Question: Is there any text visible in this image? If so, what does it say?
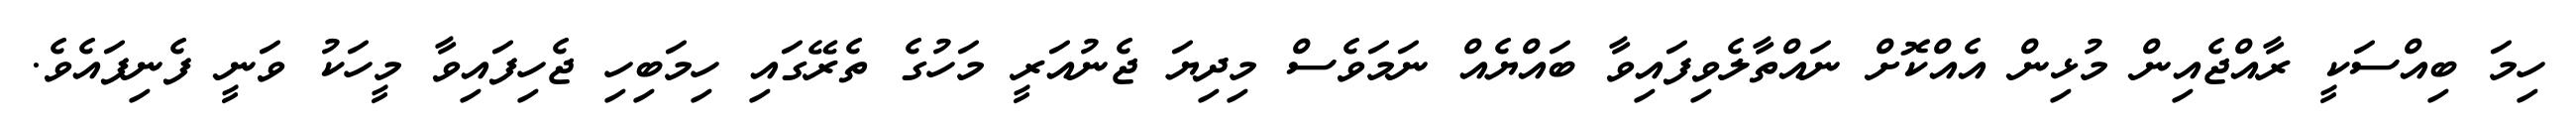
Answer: ހިމަ ބިއްސަކީ ރާއްޖެއިން މުޅިން އެއްކޮށް ނައްތާލެވިފައިވާ ބައްޔެއް ނަމަވެސް މިދިޔަ ޖެނުއަރީ މަހުގެ ތެރޭގައި ހިމަބިހި ޖެހިފައިވާ މީހަކު ވަނީ ފެނިފައެވެ.